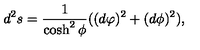
d ^ { 2 } s = \frac { 1 } { \cosh ^ { 2 } { \phi } } ( ( d \varphi ) ^ { 2 } + ( d \phi ) ^ { 2 } ) ,